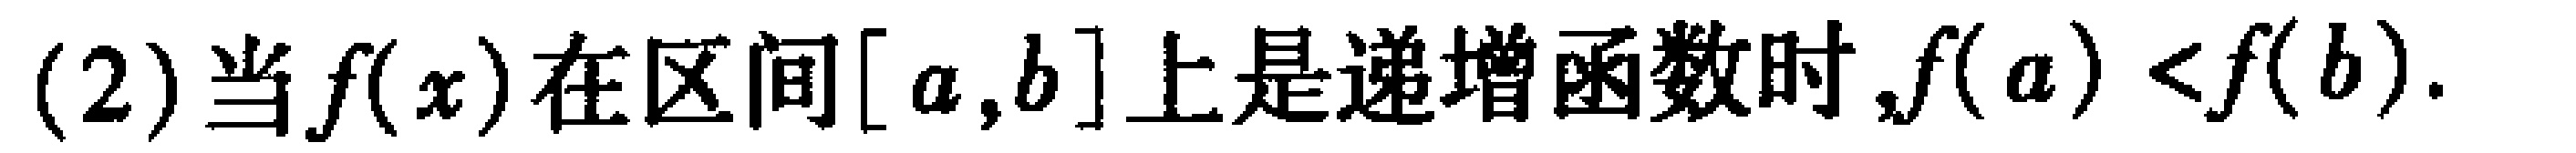
(2)当\(f(x)\)在区间\([a,b]\)上是递增函数时,\(f(a)<f(b)\).